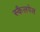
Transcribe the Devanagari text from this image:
स्कैलपेल